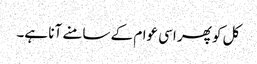
کل کو پھر اسی عوام کے سامنے آنا ہے۔